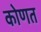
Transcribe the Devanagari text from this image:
कोणत